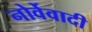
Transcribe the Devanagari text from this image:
नोर्वेवादी